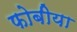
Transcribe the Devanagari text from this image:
फोबीया